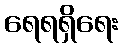
ရေရရှိရေး